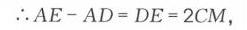
\(\therefore AE - AD = DE = 2CM\)，